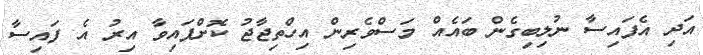
އަދި އެފައިސާ ނުލިބިގެން ބައެއް މަސްވެރިން އިހްތިޖާޖު ކޮށްފައިވާ އިރު އެ ފައިސާ